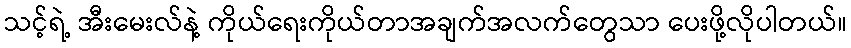
သင့်ရဲ့ အီးမေးလ်နဲ့ ကိုယ်ရေးကိုယ်တာအချက်အလက်တွေသာ ပေးဖို့လိုပါတယ်။